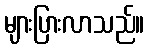
များပြားလာသည်။